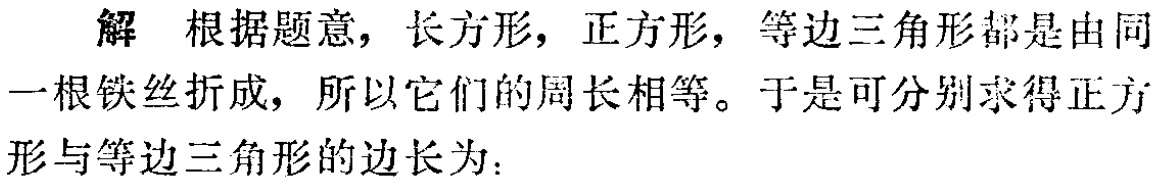
解 根据题意，长方形，正方形，等边三角形都是由同一根铁丝折成，所以它们的周长相等。于是可分别求得正方形与等边三角形的边长为：